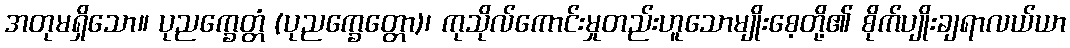
အတုမရှိသော။ ပုညက္ခေတ္တံ (ပုညက္ခေတ္တော)၊ ကုသိုလ်ကောင်းမှုတည်းဟူသောမျိုးစေ့တို့၏ စိုက်ပျိုးချရာလယ်ယာ